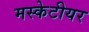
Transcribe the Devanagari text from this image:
मस्केटीयर